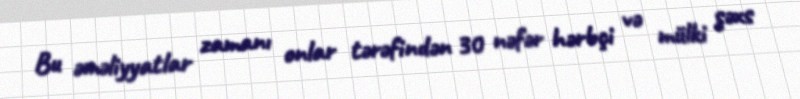
Bu əməliyyatlar zamanı onlar tərəfindən 30 nəfər hərbçi və mülki şəxs